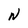
Character: N